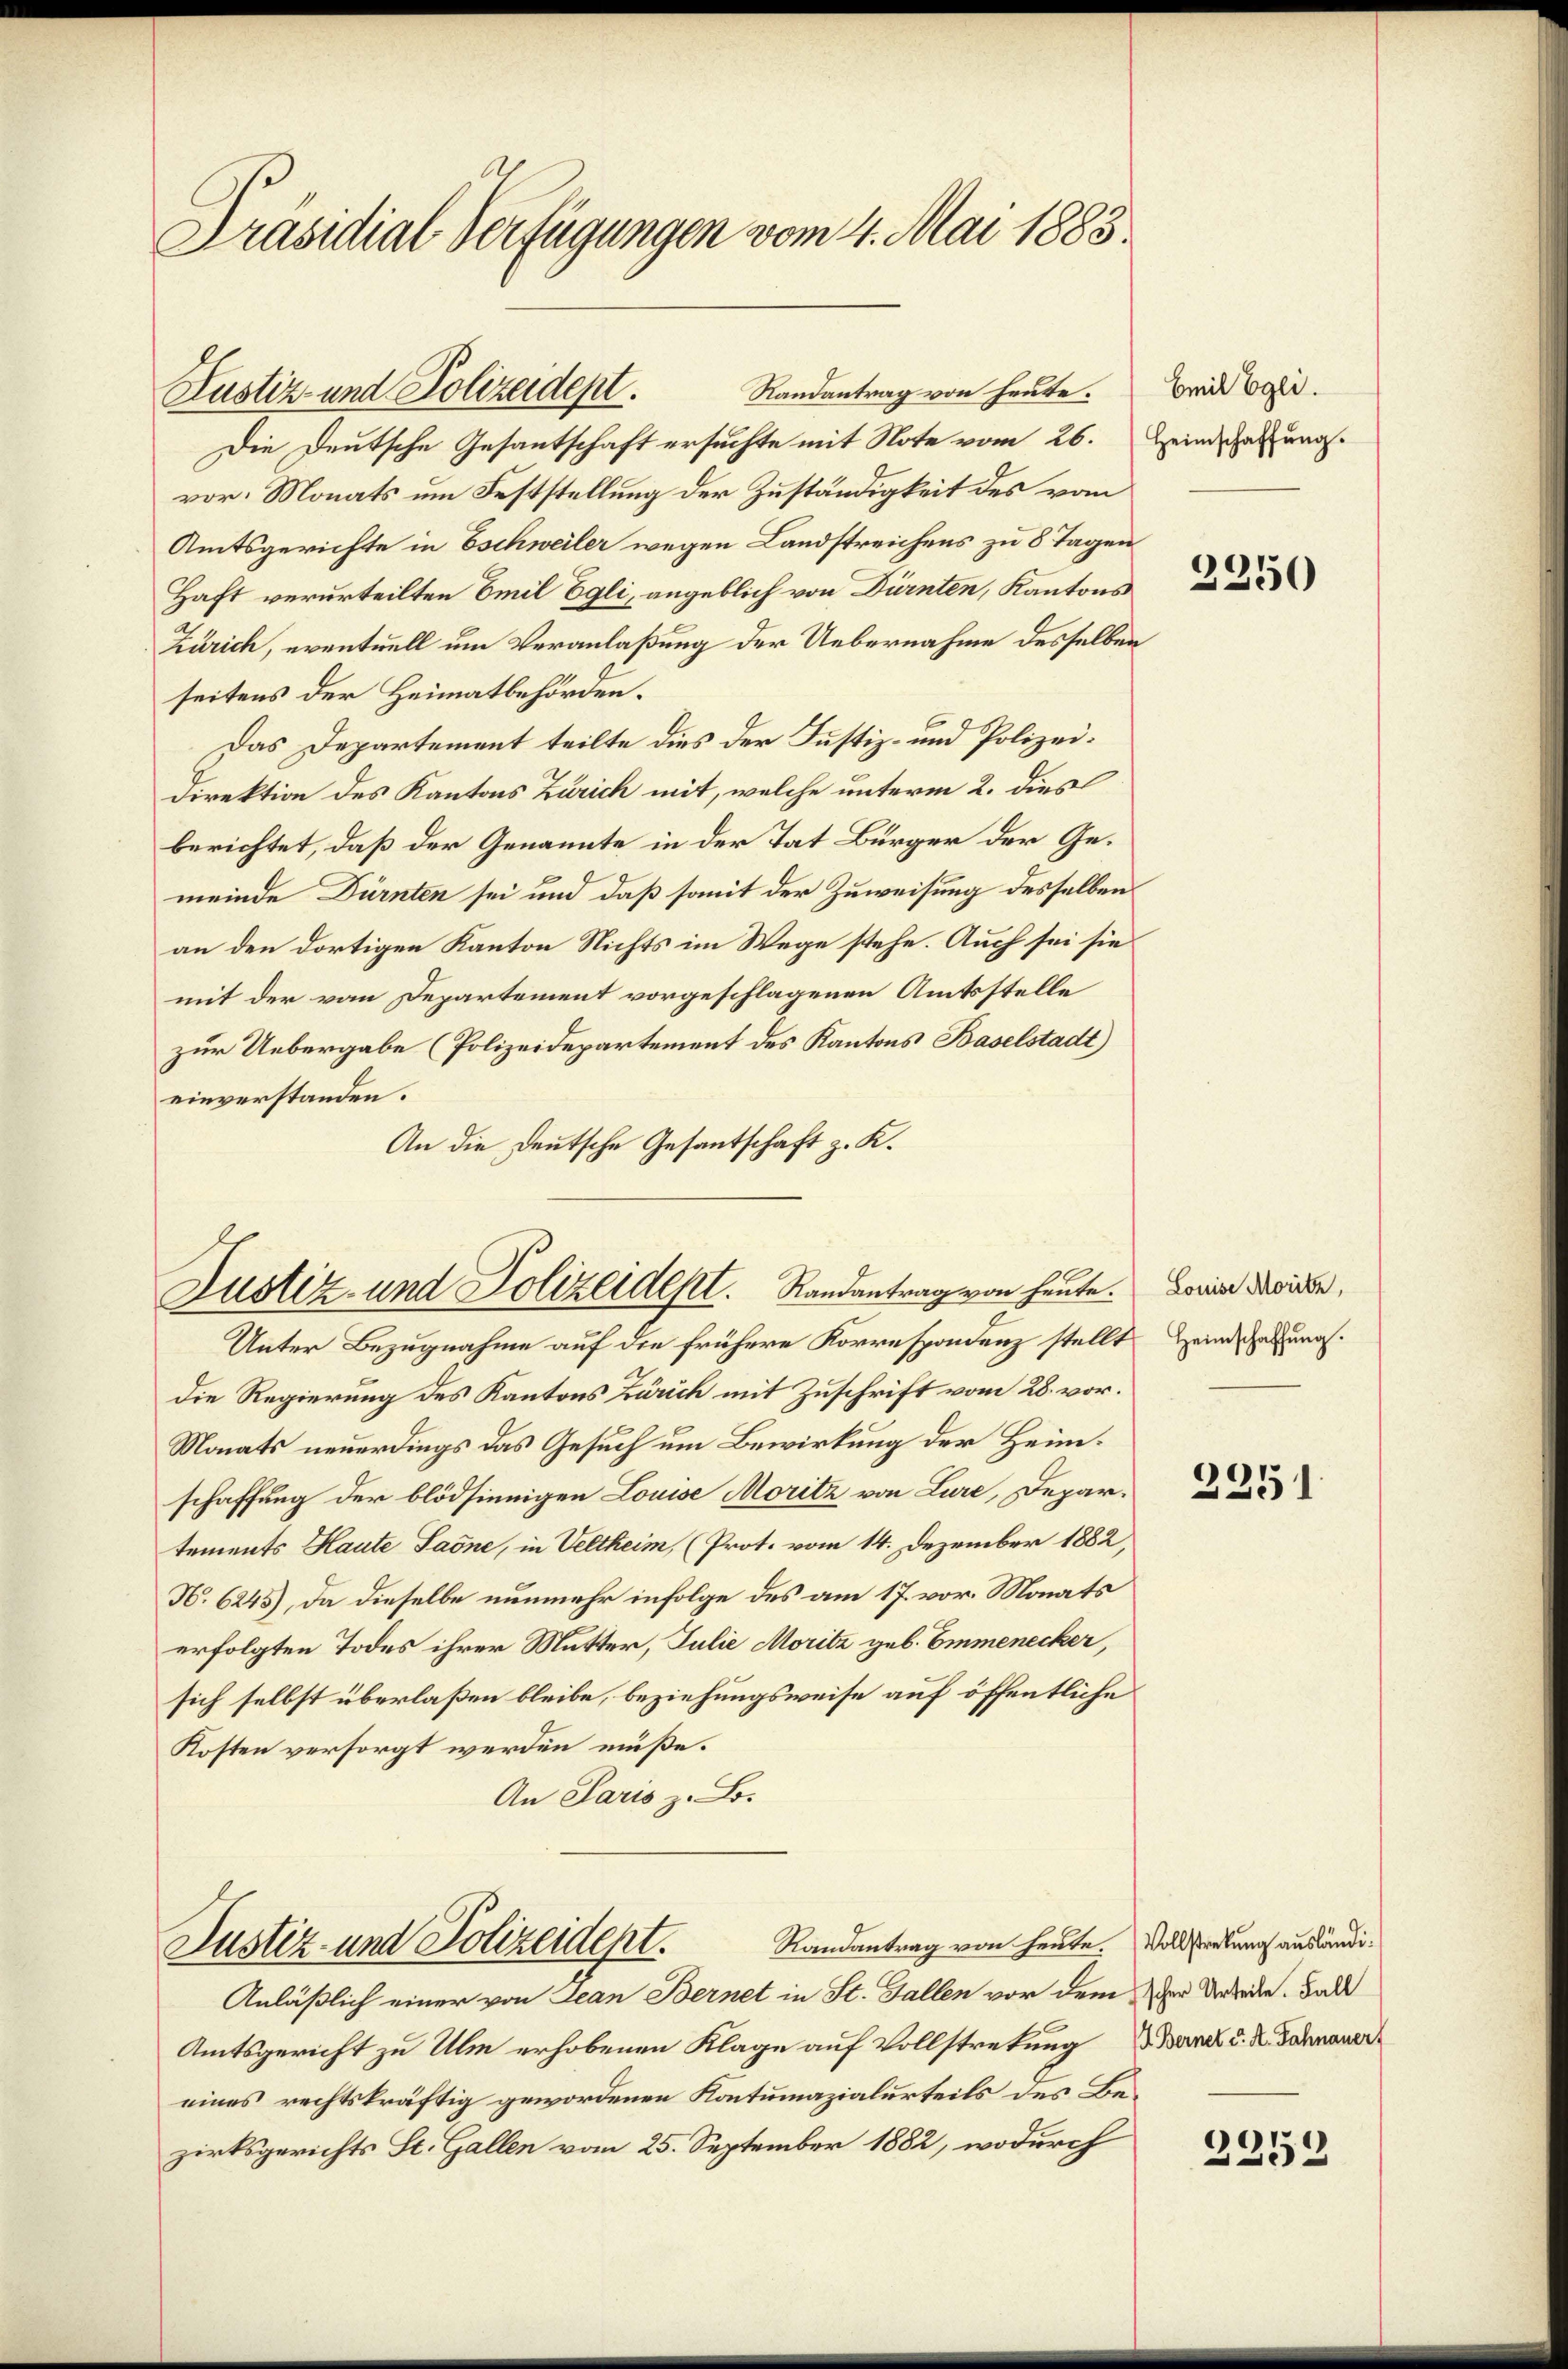
Präsidial-Verfügungen vom 4. Mai 1883.

Randantrag von heute.
Justiz- und Polizeidept.

Die Deutsche Gesantschaft ersuchte mit Note vom 26. Heindscherungsvor. Monats um Feststellung der Zuständigkeit des vom
Amtsgerichte in Eschweiler wegen Landstreichens zu 8 Tagen
Haft verurteilten Emil Egli, angeblich von Dürnten, Kantons
Zürich, eventuell um Veranlaßung der Uebernahme desselben
seitens der Heimatbehörden.
Das Departement teilte dies der Justiz- und Polizei¬
Direktion des Kantons Zürich mit, welche unterm 2. dies
berichtet, daß der Genannte in der Tat Bürger der Gemeinde Dürnten sei und daß somit der Zuweisung desselben
an den dortigen Kanton Nichts im Wege stehe. Auch sei sie
mit der vom Departement vorgeschlagenen Amtsstelle
zur Uebergabe (Polizeidepartement des Kantons Baselstadt)
einverstanden.
An die Deutsche Gesantschaft z. K.

Justiz- und Polizeidept. Randantrag von heute.
Unter Bezugnahme auf die frühere Korrespondenz stellt

Randantrag von heute.
Justiz- und Polizeidept.
Anläßlich einer von Jean Bernet in St. Gallen vor dem der Rede. Ball

Amtsgericht zu Ule erhobenen Klage auf Vollstretung an u. d. Genauer
eines rechtskräftig gewordenen Kontumazialurteils des Bezirksgerichts St. Gallen vom 25. September 1882, wodurch

die Regierung des Kantons Zürich mit Zuschrift vom 28. vor.
Monats neuerdings das Gesuch um Bewirkung der Heimschaffung der blödsinnigen Louise Moritz von Lure, Departements Haute Saone, in Veltheim, (Prot. vom 14. Dezember 1882,
N. 6245), da dieselbe nunmehr infolge des am 17. vor. Monats
erfolgten Todes ihrer Mutter, Julie Moritz geb. Emmenecker,
sich selbst überlaßen bleibe, beziehungsweise auf öffentliche
Kosten versorgt werden müße.
An Paris z. B.

Emil Egli.

2250

Louise Moritz,
Heimschaffung.

2251

Vollstreckung ausländi¬

d
1
30x